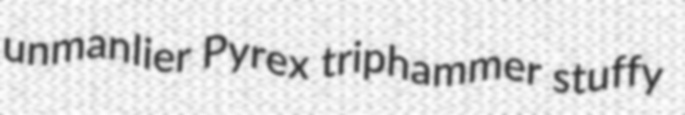
unmanlier Pyrex triphammer stuffy